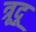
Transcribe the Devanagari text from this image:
त्रूदू